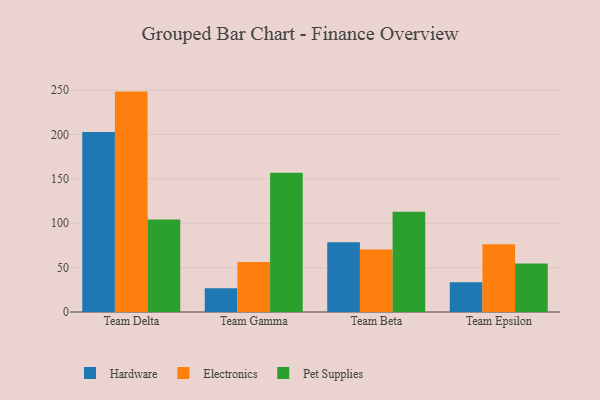
{"axis": {"x": "Team", "y": "Energy Usage (MWh)"}, "legend": ["Electronics", "Hardware", "Pet Supplies"], "data": [{"x": "Team Delta", "y": 202.7, "type": "Hardware"}, {"x": "Team Delta", "y": 248.3, "type": "Electronics"}, {"x": "Team Delta", "y": 104.3, "type": "Pet Supplies"}, {"x": "Team Gamma", "y": 26.7, "type": "Hardware"}, {"x": "Team Gamma", "y": 56.3, "type": "Electronics"}, {"x": "Team Gamma", "y": 156.8, "type": "Pet Supplies"}, {"x": "Team Beta", "y": 78.6, "type": "Hardware"}, {"x": "Team Beta", "y": 70.5, "type": "Electronics"}, {"x": "Team Beta", "y": 112.9, "type": "Pet Supplies"}, {"x": "Team Epsilon", "y": 33.5, "type": "Hardware"}, {"x": "Team Epsilon", "y": 76.4, "type": "Electronics"}, {"x": "Team Epsilon", "y": 54.6, "type": "Pet Supplies"}]}